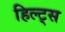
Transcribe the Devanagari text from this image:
हिल्ट्स